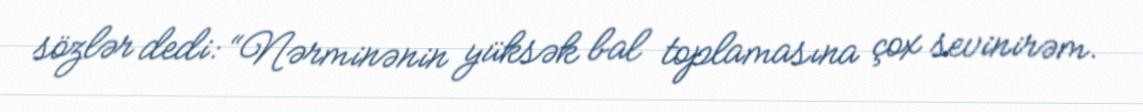
sözlər dedi: “Nərminənin yüksək bal toplamasına çox sevinirəm.